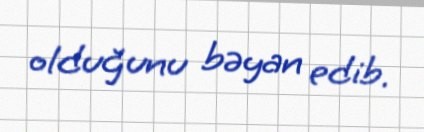
olduğunu bəyan edib.